Annual report of the Punjab Veterinary College and of the Civil Veterinary Department, Punjab - 1894-1908
Year: 1894
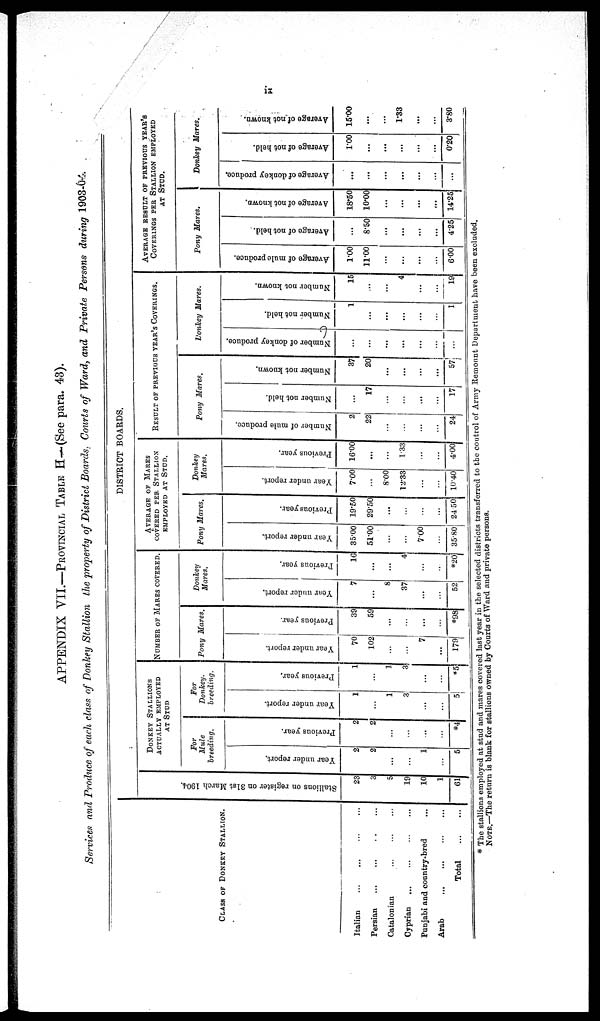
ix
APPENDIX VII.—PROVINCIAL TABLE H—(See para. 43).
Services and Produce of each class of Donkey Stallion the property of District Boards, Courts of Ward, and Private Persons during 1903-04.
CLASS OF DONKEY STALLION.
Italian ... ... ... ... ...
Persian
...
...
. . ...
Catalonian ... ... ...
Cyprian ... ... ... ...
Punjabi and conntry-bred ...
Arab
...
...
...
...
...
Total
...
...
DISTRICT BOARDS.
St al l
i
ons on r e g i s t e r on 31st Ma r
c h 1904
23
3
5
19
10
1
61
DONKEY STALLIONS
ACTUALLY EMPLOYED
AT STUD
For
Mule
breeding.
Year under report.
2
2
...
...
1
...
5
Previous year.
2
2
...
...
...
...
*4
For
Donkey.
breeding.
Year under report.
1
...
1
3
...
...
5
Previous year.
1
...
1
3
...
...
*5
NUMBER OF MARES COVERED.
Pony Mares.
Year under report.
70
102
...
...
7
...
179
Previous year.
39
59
...
...
...
...
*98
Donkey
Mares.
Year
under report.
7
...
8
37
...
...
52
Previous year.
16
...
...
4
...
..
*20
AVERAGE OF MARES
COVERED PER STALLION
EMPLOYED AT STUD.
Pony Mares.
Year under report.
35.00
51.00
...
...
7.00
...
35.80
Previous year.
19.50
29.50
...
...
...
...
24.50
Donkey
Mares.
Year under report.
7.00
...
8.00
12.33
...
...
10.40
Previous year.
16.00
...
...
1.33
...
...
4.00
RESULT OF PREVIOUS YEAR'S COVERINGS.
Pony Mares.
Number of mule produce.
2
22
...
...
...
...
24
Number not held.
...
17
...
...
...
...
17
Number not known.
37
20
...
...
...
...
57
Donkey Mares.
Number
of donkey produce.
...
...
...
...
...
...
...
Number not held.
1
...
...
...
...
...
1
Number not known.
15
...
...
4
...
...
19
AVERAGE RESULT OF PREVIOUS YEAR'S
COVERINGS PER STALLION EMPLOYED
AT STUD.
Pony Mares.
Average of mule produce.
1.00
11.00
...
...
...
...
6.00
Average of not held.
...
8.50
...
...
...
...
4.25
Average of not known.
18.50
10.00
...
...
...
...
14.25
Donkey Mares.
Average of donkey produce.
...
...
...
...
...
...
...
Average of not held.
1.00
...
...
...
...
...
0.20
Average of not known.
15.00
...
...
1.33
...
...
3.80
* The stallions employed at stud and mares covered last year in the selected districts transferred to the control of Army Remount Department have been excluded.
NOTE.—The return is blank for stallions owned by Courts of Ward and private persons.